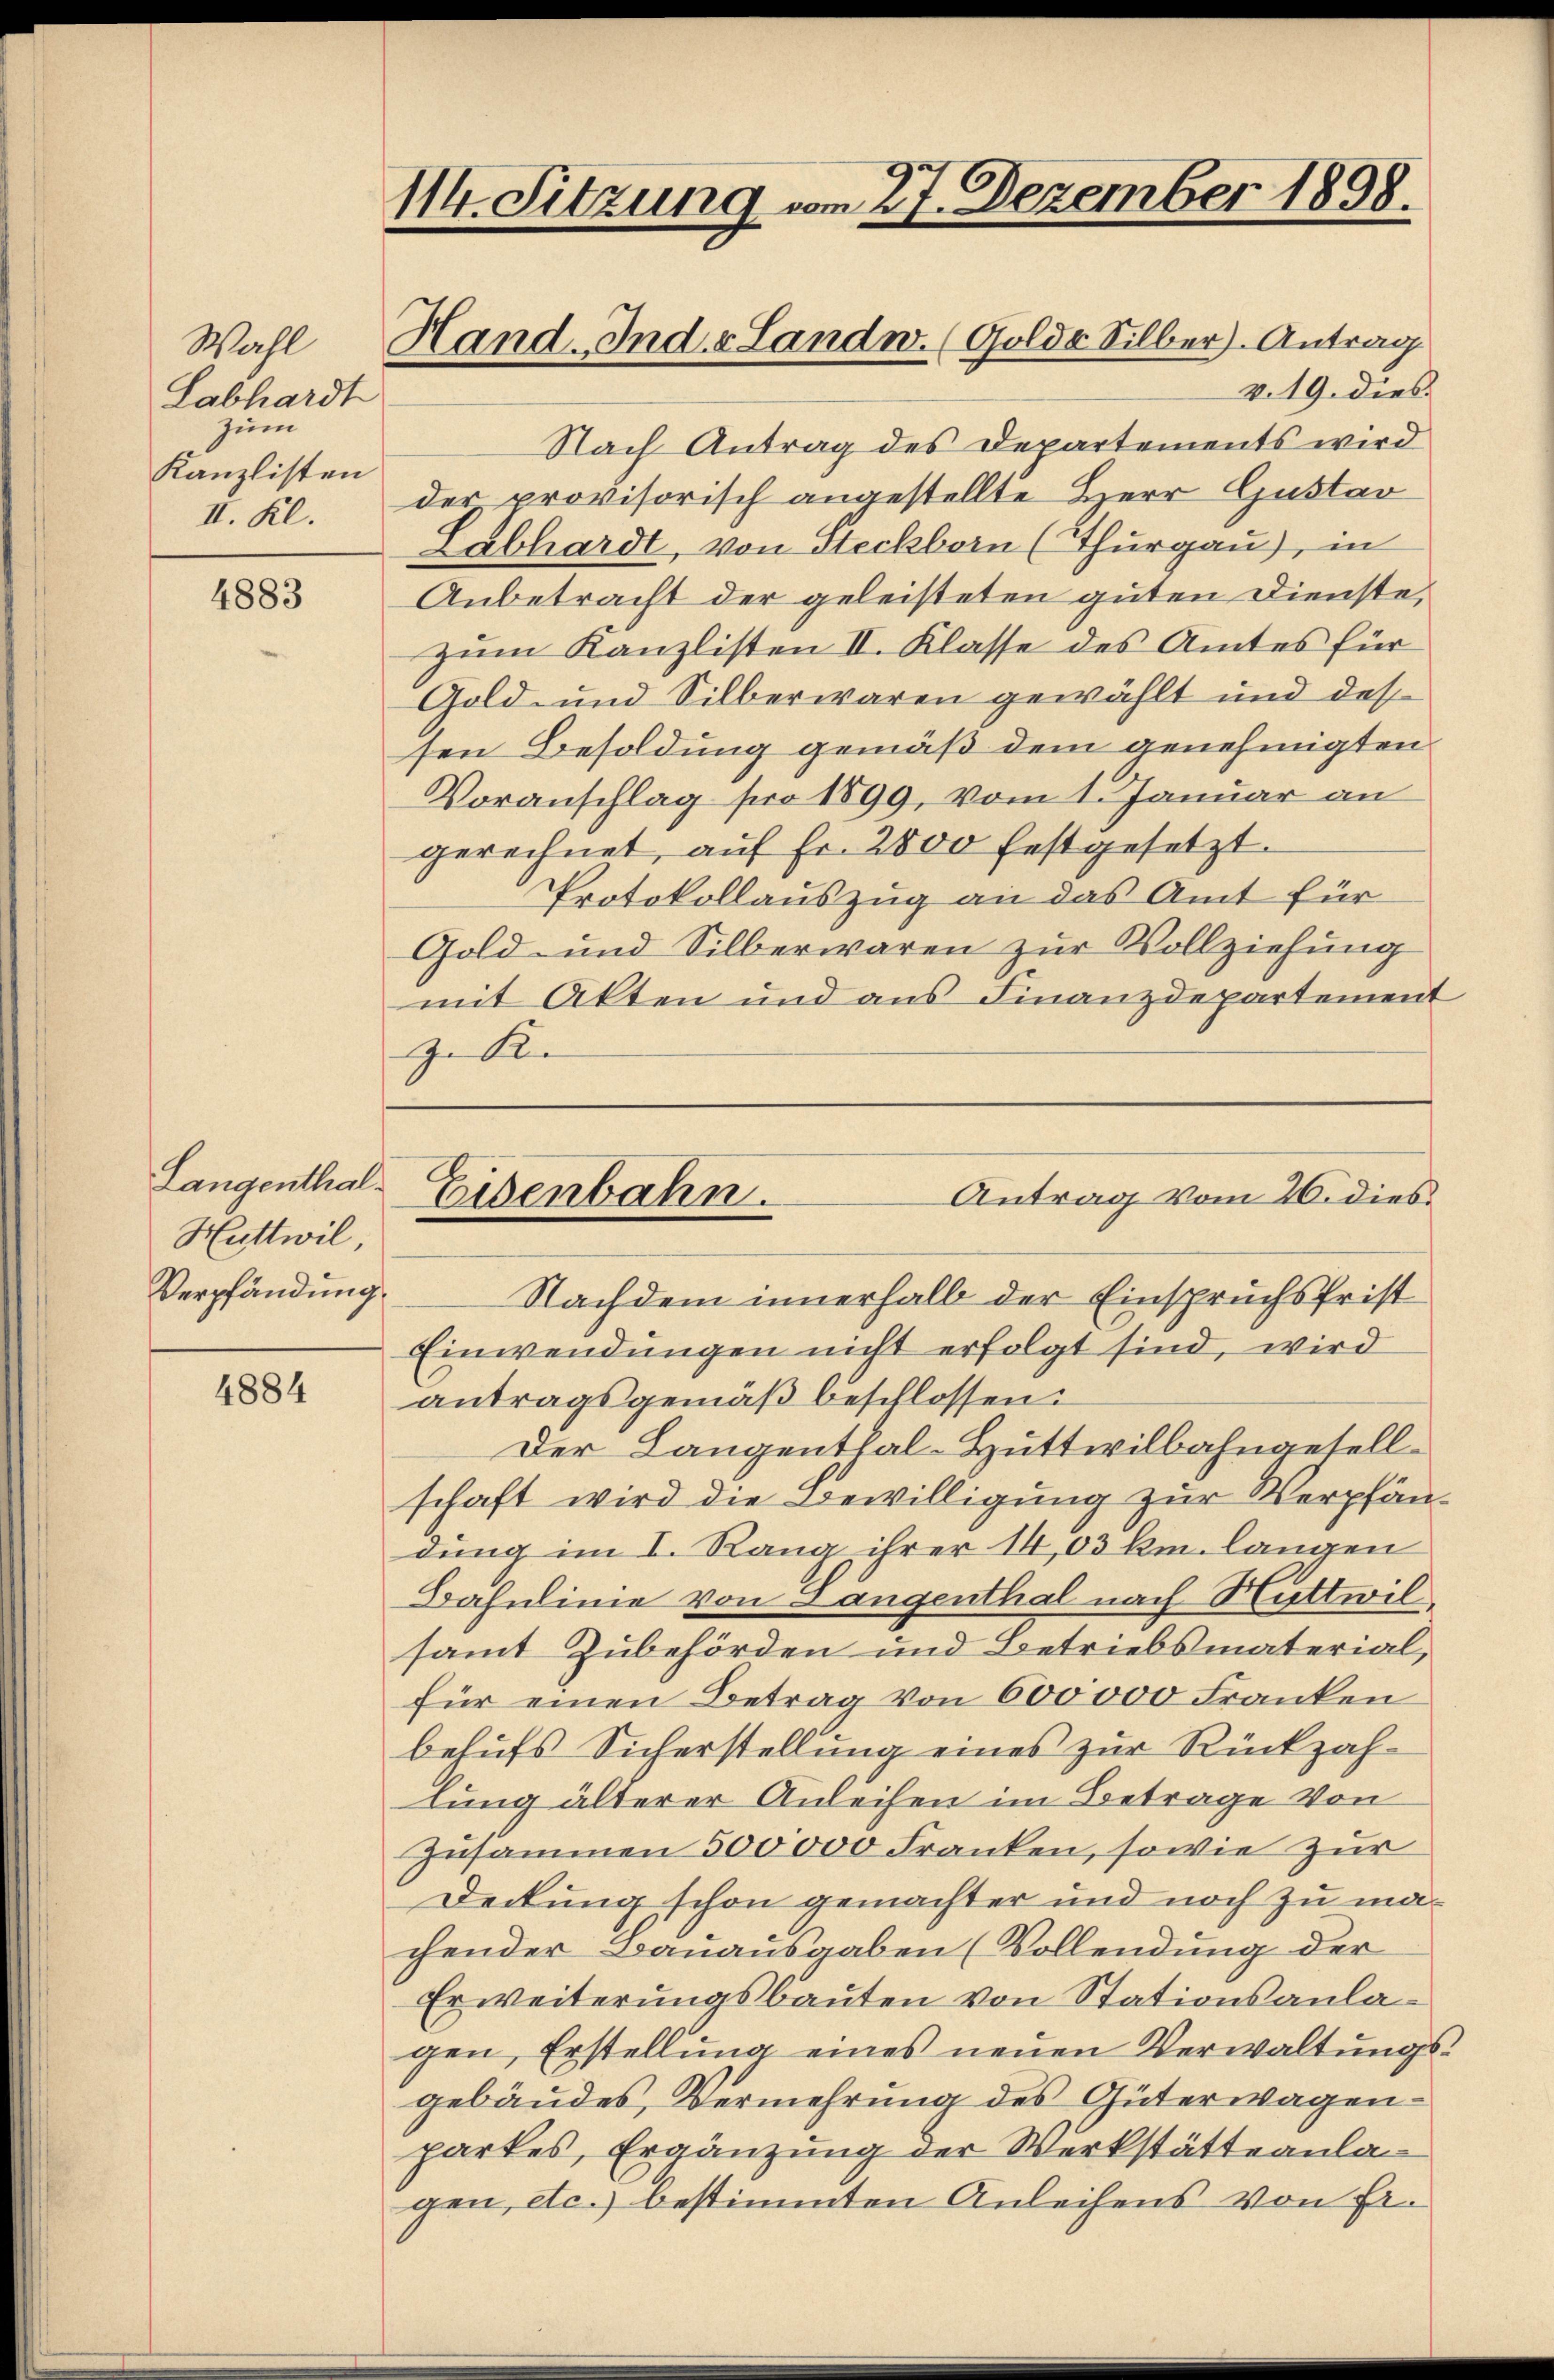
Wahl
Labhardt
zum
Kanzlisten
II. Kl.

4883

Langenthal¬
Huttwil,
Verpfändung

4884

114. Sitzung vom 27. Dezember 1898.

Hand-Indv. Landw. (Golds Silber. Antrag

v. 19. dies
Nach Antrag des Departements wird
der provisorisch angestellte Herr Gustar
Labhardt, von Steckborn (Thurgau), in
Anbetracht der geleisteten guten Dienste,
zum Kanzlisten II. Klasse des Amtes für
Gold- und Silberwaren gewählt und des
sen Besoldung gemäß dem genehmigten
Voranschlag pro 1899, vom 1. Januar an
gerechnet, auf Fr. 2800 festgesetzt.
Protokollauszug an das Amt für
Gold- und Silberwaren zur Vollziehung
mit Akten und aus Finanzdepartement
z. R.

Nachdem innerhalb der Einspruchsfrist
Einwendungen nicht erfolgt sind, wird
antragsgemäβ beschlossen:
Der Langenthal-Huttwilbahngesellschaft wird die Bewilligung zur Verpfändung im I. Rang ihrer 14,03 km. langen
Bahnlinie von Längenthal nach Huttwil
samt Zubehörden und Betriebsmaterial,
für einen Betrag von 600000 Franken
behufs Sicherstellung eines zur Rückzah-
lung älterer Anleihen im Betrage von
zusammen 500000 Franken, sowie zur
Deckung schon gemachter und noch zu machender Bauausgaben (Vollendung der
Erweiterungsbauten von Stationsanlagen, Erstellung eines neuen Verwaltungsgebäudes, Vermehrung des Güterwagenpartes, Ergänzung der Werkstätteanlagen, etc.) bestimmten Anleihens von Er¬

Antrag vom 20. dies
Eisenbahn.